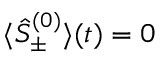
{ \langle \hat { S } _ { \pm } ^ { ( 0 ) } \rangle ( t ) = 0 }